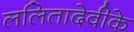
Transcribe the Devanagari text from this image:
ललितादेवीके